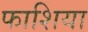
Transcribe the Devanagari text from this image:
फाशिया